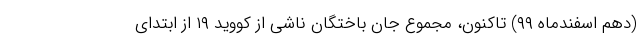
(دهم اسفندماه ۹۹) تاکنون، مجموع جان باختگان ناشی از کووید ۱۹ از ابتدای